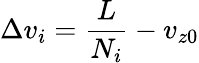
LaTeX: \Delta v_{i}=\frac{L}{N_{i}}-v_{z0}